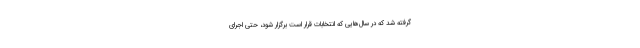
گرفته شد که در سال‌هایی که انتخابات قرار است برگزار شود، حتی اجرای